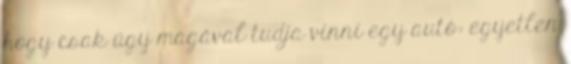
hogy csak úgy magával tudja vinni egy autó: egyetlen